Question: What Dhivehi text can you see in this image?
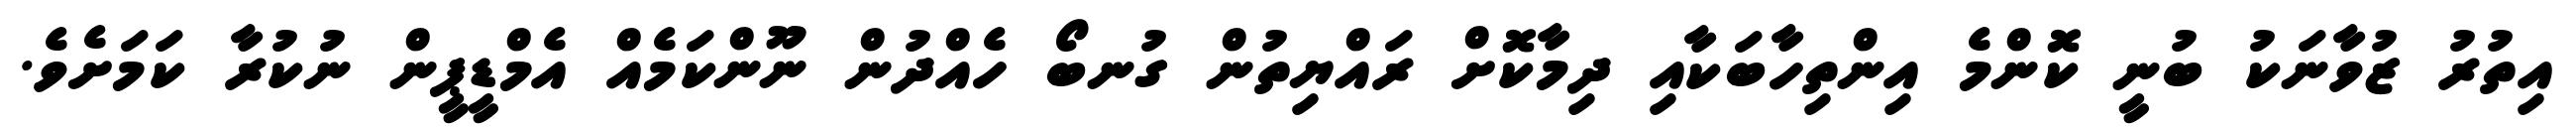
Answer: އިތުރު ޒުވާނަކު ބުނީ ކޮންމެ އިންތިހާބަކާއި ދިމާކޮށް ރައްޔިތުން ގުނބޯ ހެއްދުން ނޫންކަމެއް އެމްޑީޕީން ނުކުރާ ކަމަށެވެ.